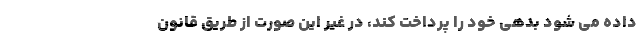
داده می شود بدهی خود را پرداخت کند، در غیر این صورت از طریق قانون